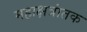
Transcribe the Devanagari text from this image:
महाक्षत्रांतक